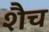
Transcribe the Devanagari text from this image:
शैच